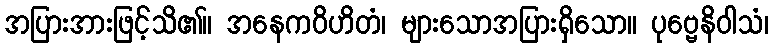
အပြားအားဖြင့်သိ၏။ အနေကဝိဟိတံ၊ များသောအပြားရှိသော။ ပုဗ္ဗေနိဝါသံ၊